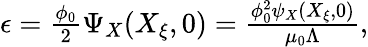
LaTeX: \begin{array}{r}{\epsilon=\frac{\phi_{0}}{2}\Psi_{X}(X_{\xi},0)=\frac{\phi_{0}^{2}\psi_{X}(X_{\xi},0)}{\mu_{0}\Lambda},}\end{array}